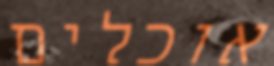
אוכלים